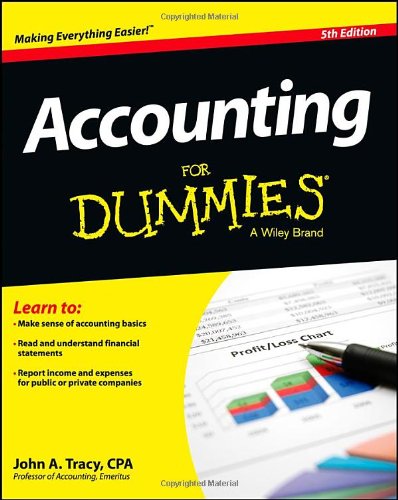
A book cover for Accounting For Dummies; John A. Tracy; Business & Money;